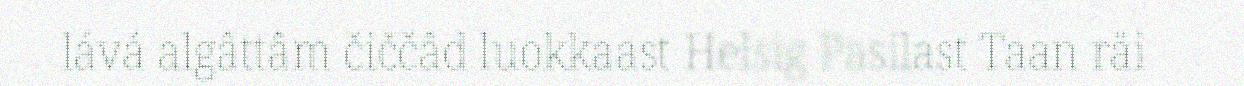
lává algâttâm čiččâd luokkaast Helsig Pasilast Taan räi